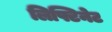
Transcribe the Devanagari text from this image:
लिफ्टिनेट